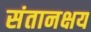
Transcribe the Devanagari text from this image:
संतानक्षय